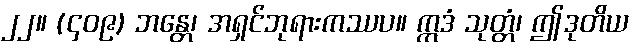
၂၂။ (၄၀၉) ဘန္တေ၊ အရှင်ဘုရားကဿပ။ ဣဒံ သုတ္တံ၊ ဤဒုတိယ